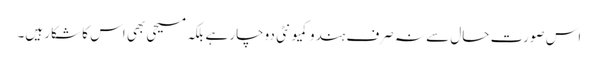
اس صورت حال سے نہ صرف ہندو کمیونٹی دوچار ہے بلکہ مسیحی بھی اس کا شکار ہیں۔